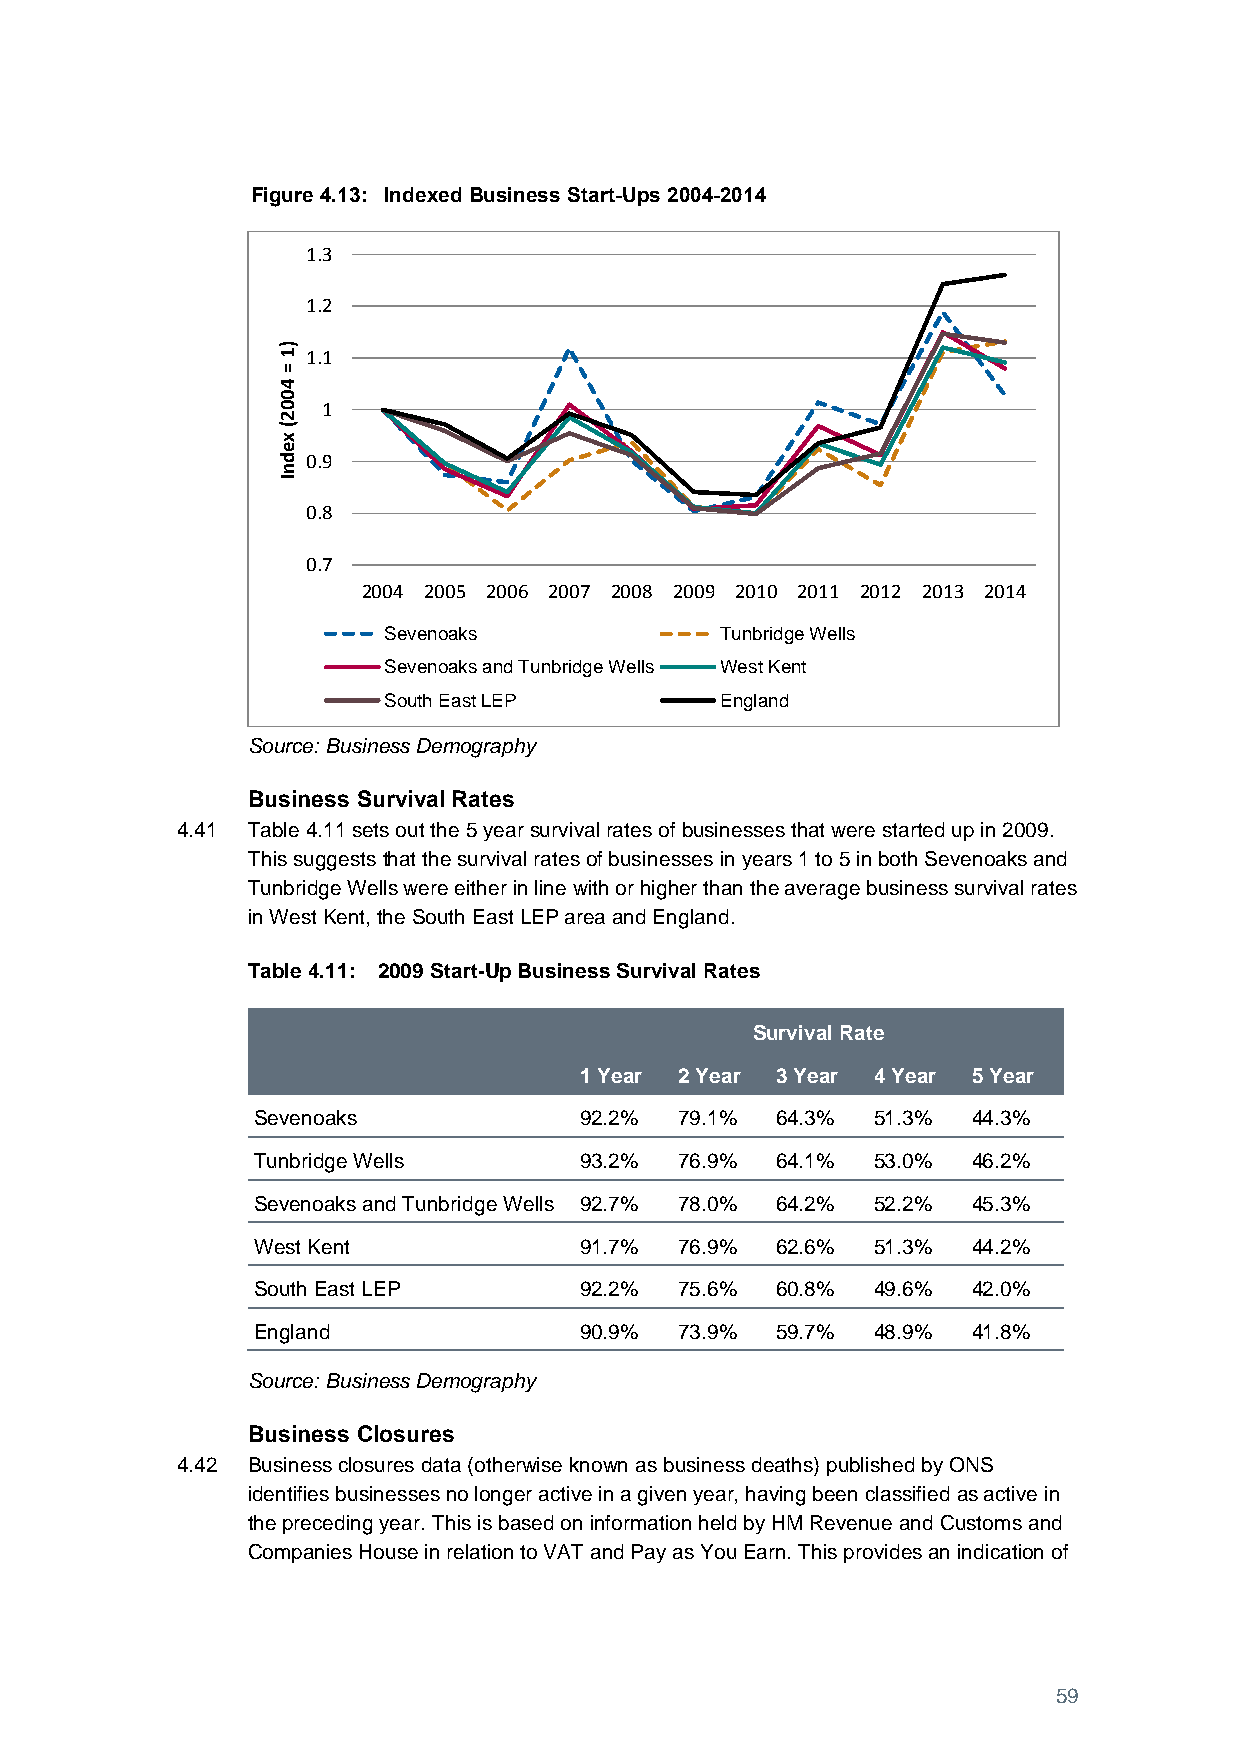
Figure 4.13: Indexed Business Start-Ups 2004-2014
 1.3
 1.2
 )
 1 1.1
 =
 4
 0
 0  1
 2
 (
 x
 e
 d 0.9
 n
 I
 0.8
 0.7
 2004 2005 2006 2007 2008 2009 2010 2011 2012 2013 2014
 Sevenoaks              Tunbridge Wells
 Sevenoaks and Tunbridge Wells West Kent
 South East LEP         England
 Source: Business Demography
 Business Survival Rates
 4.41 Table 4.11 sets out the 5 year survival rates of businesses that were started up in 2009.
 This suggests that the survival rates of businesses in years 1 to 5 in both Sevenoaks and
 Tunbridge Wells were either in line with or higher than the average business survival rates
 in West Kent, the South East LEP area and England.
 Table 4.11: 2009 Start-Up Business Survival Rates
 Survival Rate
 1 Year 2 Year 3 Year 4 Year 5 Year
 Sevenoaks            92.2%  79.1% 64.3%  51.3% 44.3%
 Tunbridge Wells      93.2%  76.9% 64.1%  53.0% 46.2%
 Sevenoaks and Tunbridge Wells 92.7% 78.0% 64.2% 52.2% 45.3%
 West Kent            91.7%  76.9% 62.6%  51.3% 44.2%
 South East LEP       92.2%  75.6% 60.8%  49.6% 42.0%
 England              90.9%  73.9% 59.7%  48.9% 41.8%
 Source: Business Demography
 Business Closures
 4.42 Business closures data (otherwise known as business deaths) published by ONS
 identifies businesses no longer active in a given year, having been classified as active in
 the preceding year. This is based on information held by HM Revenue and Customs and
 Companies House in relation to VAT and Pay as You Earn. This provides an indication of
 59